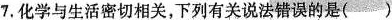
7.化学与生活密切相关，下列有关说法错误的是( )